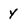
Character: Y